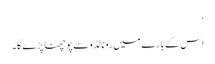
‘
اس کے بارے میں رونالڈو سے پوچھنا پڑے گا۔